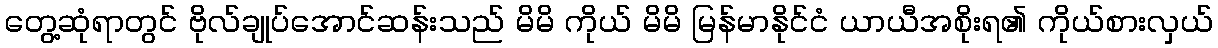
တွေ့ဆုံရာတွင် ဗိုလ်ချုပ်အောင်ဆန်းသည် မိမိ ကိုယ် မိမိ မြန်မာနိုင်ငံ ယာယီအစိုးရ၏ ကိုယ်စားလှယ်